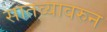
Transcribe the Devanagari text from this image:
सातव्यावरुन